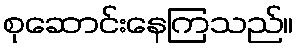
စုဆောင်းနေကြသည်။